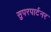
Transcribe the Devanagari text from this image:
सुपरपार्टनर